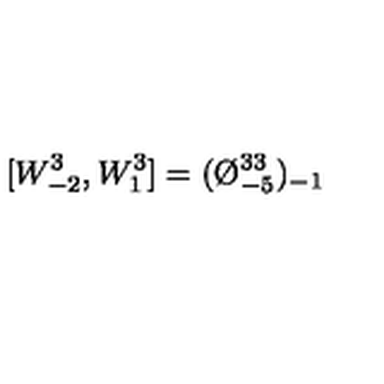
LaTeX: [ W _ { - 2 } ^ { 3 } , W _ { 1 } ^ { 3 } ] = ( \O _ { - 5 } ^ { 3 3 } ) _ { - 1 }